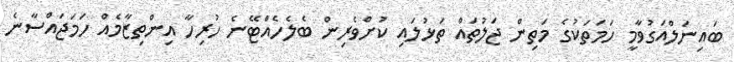
ބައިނަލްއަގުވާމީ ހަމަތަކުގެ މަތިން ޖަލުތައް ތަޅުލައި ކުށްވެރިން ބެލެހެއްޓޭނެ ހުރިހާ އިންތިޒާމެއް ހަމަޖައްސާނެ